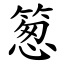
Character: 䈡